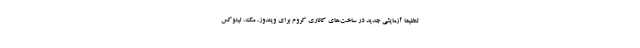
تنظیما آزمایشی جدید در ساخت‌های کاناری کروم برای ویندوز، مک، لینوکس